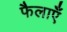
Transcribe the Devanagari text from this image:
फैलाएँ